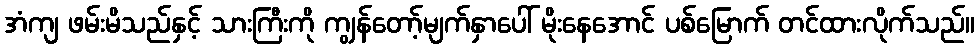
အံကျ ဖမ်းမိသည်နှင့် သားကြီးကို ကျွန်တော့်မျက်နှာပေါ် မိုးနေအောင် ပစ်မြောက် တင်ထားလိုက်သည်။